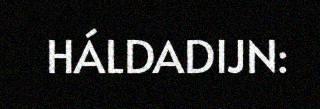
HÁLDADIJN: